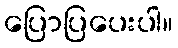
ပြောပြပေးပါ။